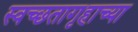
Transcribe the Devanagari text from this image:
स्वच्छतागृहाच्या